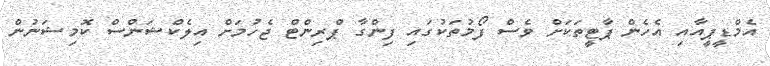
އެމްޑީޕީއާއި އެހެން ޕާޓީތަކަށް ވެސް ފޯމުތަކުގައި ފިންގާ ޕްރިންޓް ޖެހުމަަށް އިލެކްޝަންސް ކޮމިޝަނުން